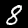
Label: 8